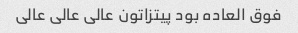
فوق العاده بود پیتزاتون عالی عالی عالی